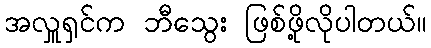
အလှူရှင်က ဘီသွေး ဖြစ်ဖို့လိုပါတယ်။